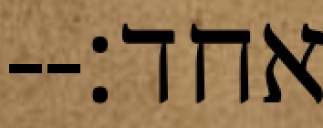
אחד׃--